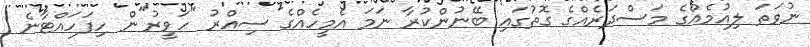
ނުވަތަ ލިއުމެއްގެ މަސްދަރެއްގެ ގޮތުގައި ބޭނުންކުރާ ނަމަ އެމީހެއްގެ ސިއްރު "ހަވީރު"ން ހިފަހައްޓާނެ